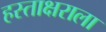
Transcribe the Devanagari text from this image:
हस्ताक्षराला